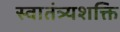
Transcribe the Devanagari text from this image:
स्वातंत्र्यशक्ति